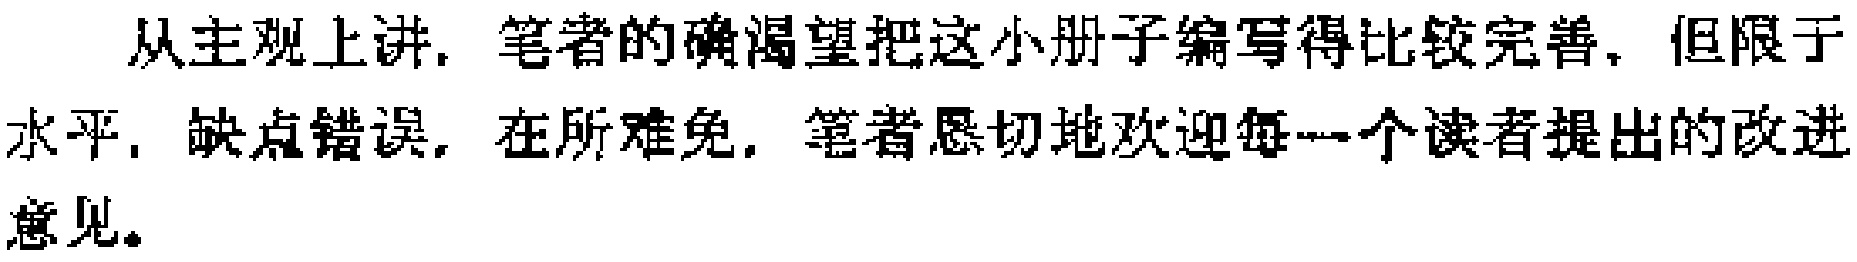
从主观上讲，笔者的确渴望把这小册子编写得比较完善，但限于水平，缺点错误，在所难免，笔者恳切地欢迎每一个读者提出的改进意见。